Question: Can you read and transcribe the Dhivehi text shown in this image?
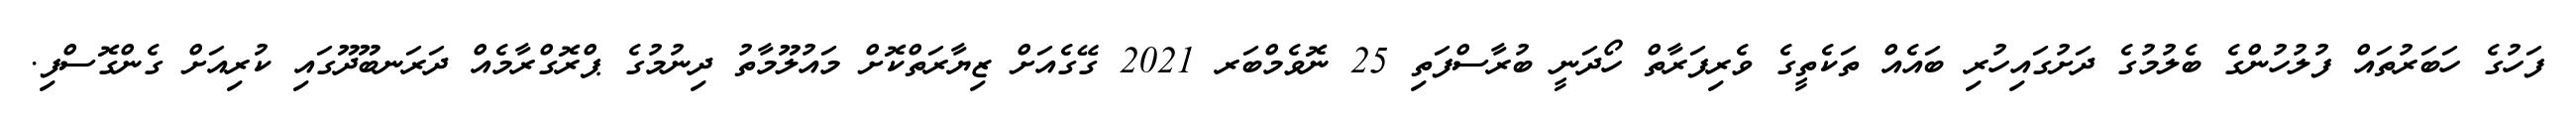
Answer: ފަހުގެ ހަބަރުތައް ފުލުހުންގެ ބެލުމުގެ ދަށުގައިހުރި ބައެއް ތަކެތީގެ ވެރިފަރާތް ހޯދަނީ ބުރާސްފަތި 25 ނޮވެމްބަރ 2021 ގޭގެއަށް ޒިޔާރަތްކޮށް މައުލޫމާތު ދިނުމުގެ ޕްރޮގްރާމެއް ދަރަނބޫދޫގައި ކުރިއަށް ގެންގޮސްފި.